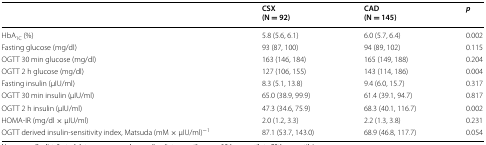
<table><thead><tr><td></td><td><b>CSX(N = 92)</b></td><td><b>CAD(N = 145)</b></td><td><b><i>p</i></b></td></tr></thead><tbody><tr><td>HbA<sub>1C</sub> (%)</td><td>5.8 (5.6, 6.1)</td><td>6.0 (5.7, 6.4)</td><td>0.002</td></tr><tr><td>Fasting glucose (mg/dl)</td><td>93 (87, 100)</td><td>94 (89, 102)</td><td>0.115</td></tr><tr><td>OGTT 30 min glucose (mg/dl)</td><td>163 (146, 184)</td><td>165 (149, 188)</td><td>0.204</td></tr><tr><td>OGTT 2 h glucose (mg/dl)</td><td>127 (106, 155)</td><td>143 (114, 186)</td><td>0.004</td></tr><tr><td>Fasting insulin (μIU/ml)</td><td>8.3 (5.1, 13.8)</td><td>9.4 (6.0, 15.7)</td><td>0.317</td></tr><tr><td>OGTT 30 min insulin (μIU/ml)</td><td>65.0 (38.9, 99.9)</td><td>61.4 (39.1, 94.7)</td><td>0.817</td></tr><tr><td>OGTT 2 h insulin (μIU/ml)</td><td>47.3 (34.6, 75.9)</td><td>68.3 (40.1, 116.7)</td><td>0.002</td></tr><tr><td>HOMA-IR (mg/dl × μIU/ml)</td><td>2.0 (1.2, 3.3)</td><td>2.2 (1.3, 3.8)</td><td>0.231</td></tr><tr><td>OGTT derived insulin-sensitivity index, Matsuda (mM × μIU/ml)<sup>−1</sup></td><td>87.1 (53.7, 143.0)</td><td>68.9 (46.8, 117.7)</td><td>0.054</td></tr></tbody></table>